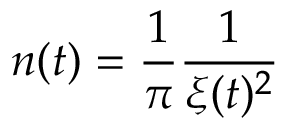
n ( t ) = \frac { 1 } { \pi } \frac { 1 } { \xi ( t ) ^ { 2 } }